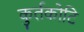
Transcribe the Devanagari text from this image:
कुर्तकोटि